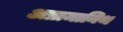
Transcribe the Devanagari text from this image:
अप्रामानिथ